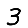
Digit: 3